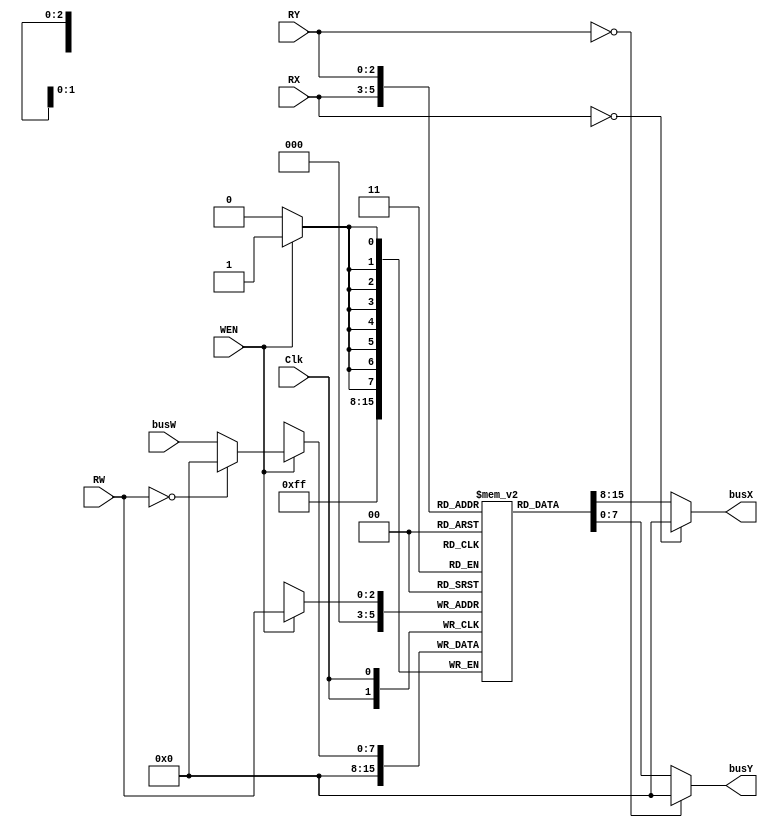
module register_file(
    Clk  ,
    WEN  ,
    RW   ,
    busW ,
    RX   ,
    RY   ,
    busX ,
    busY
);
    input        Clk, WEN;
    input  [2:0] RW, RX, RY;
    input  [7:0] busW;
    output [7:0] busX, busY;
	reg [7:0] r[7:0]; //8x8 reg
	
	assign busX = (RX==0)?0 :r[RX];
	assign busY = (RY==0)?0 :r[RY];
	always @(posedge Clk)
	begin
		
		if(WEN)
			r[RW] <= (RW == 3'b000)?0 :busW;
		r[0]<=8'b0;
	end
    
    // write your design here
    
endmodule